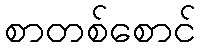
စာတစ်စောင်